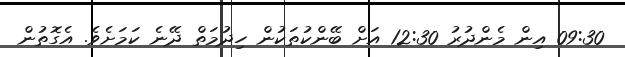
09:30 އިން މެންދުރު 12:30 އަށް ބޭންކުތަކުން ހިދުމަތް ދޭނެ ކަމަށެވެ. އެގޮތުން